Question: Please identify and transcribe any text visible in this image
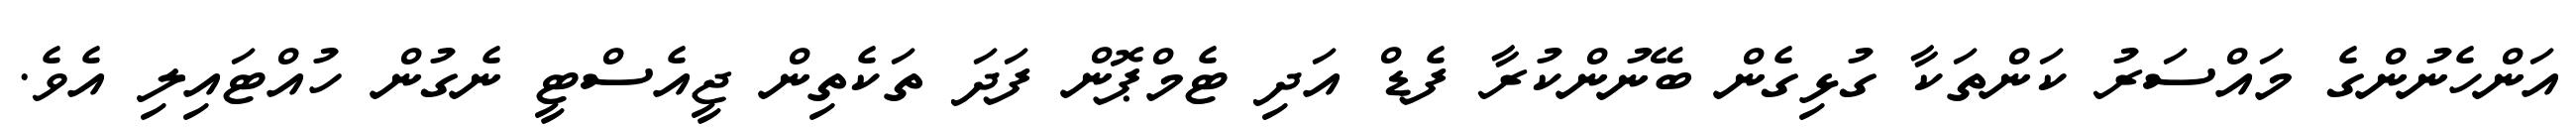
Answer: އަންހެނުންގެ މައްސަރު ކަންތަކާ ގުޅިގެން ބޭނުންކުރާ ފެޑް އަދި ޓެމްޕޮން ފަދަ ތަކެތިން ޖީއެސްޓީ ނެގުން ހުއްޓައިލި އެވެ.